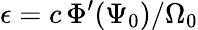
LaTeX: \epsilon=c\, \Phi^{\prime}(\Psi_{0})/\Omega_{0}